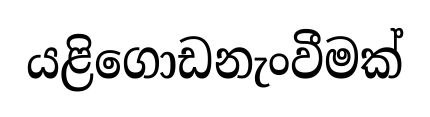
යළිගොඩනැංවීමක්